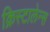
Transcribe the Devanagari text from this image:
क्रिस्टालेन्स